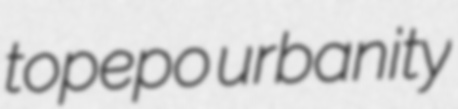
topepo urbanity